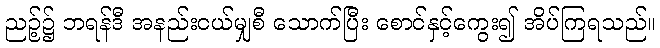
ညဉ့်၌ ဘရန်ဒီ အနည်းငယ်မျှစီ သောက်ပြီး စောင်နှင့်ကွေး၍ အိပ်ကြရသည်။